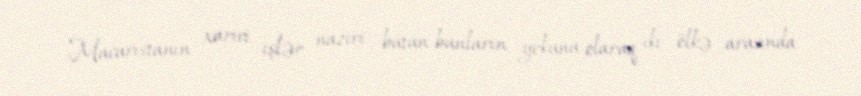
Macarıstanın xarici işlər naziri bütün bunların yekunu olaraq iki ölkə arasında